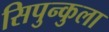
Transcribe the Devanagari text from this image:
सिपुन्कुला